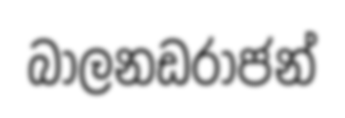
බාලනඩරාජන්